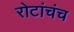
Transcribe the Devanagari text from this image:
रोटांचंच